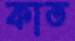
কাত